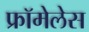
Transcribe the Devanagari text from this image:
फ्रॉमेलेस